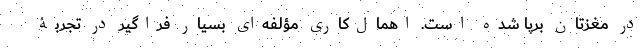
در مغزتان برپا شده است. اهمال‌کاری مؤلفه‌ای بسیار فراگیر در تجربۀ